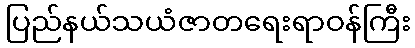
ပြည်နယ်သယံဇာတရေးရာဝန်ကြီး